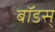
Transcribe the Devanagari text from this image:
बॉडस्